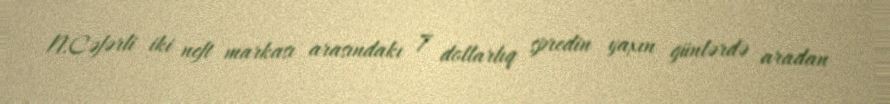
N.Cəfərli iki neft markası arasındakı 7 dollarlıq spredin yaxın günlərdə aradan